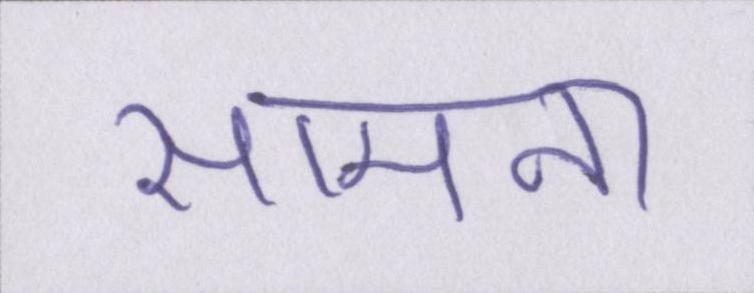
सामना